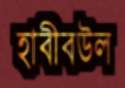
হাবীবউল